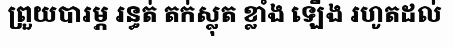
ព្រួយបារម្ភ រន្ធត់ តក់ស្លុត ខ្លាំង ឡើង រហូតដល់